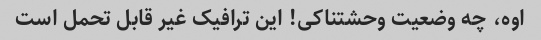
اوه، چه وضعیت وحشتناکی! این ترافیک غیر قابل تحمل است